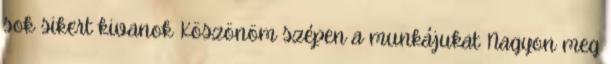
sok sikert kivanok Köszönöm szépen a munkájukat Nagyon meg